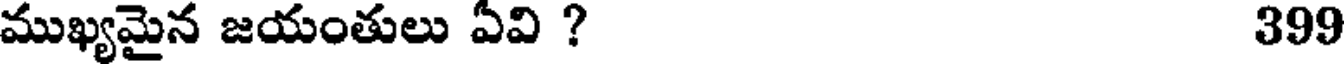
ముఖ్యమైన జయంతులు ఏవి ? 399